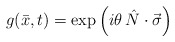
\begin{align*}g(\bar{x},t) = \exp\left(i\theta\, \hat{N}\cdot\vec{\sigma}\right)\end{align*}